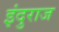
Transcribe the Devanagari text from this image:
इंदुराज